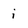
Character: i